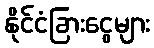
နိုင်ငံခြားငွေများ